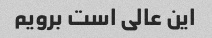
این عالی است برویم